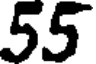
55